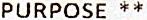
PURPOSE **